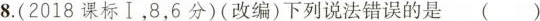
8.(2018课标Ⅰ，8，6分)(改编)下列说法错误的是( )